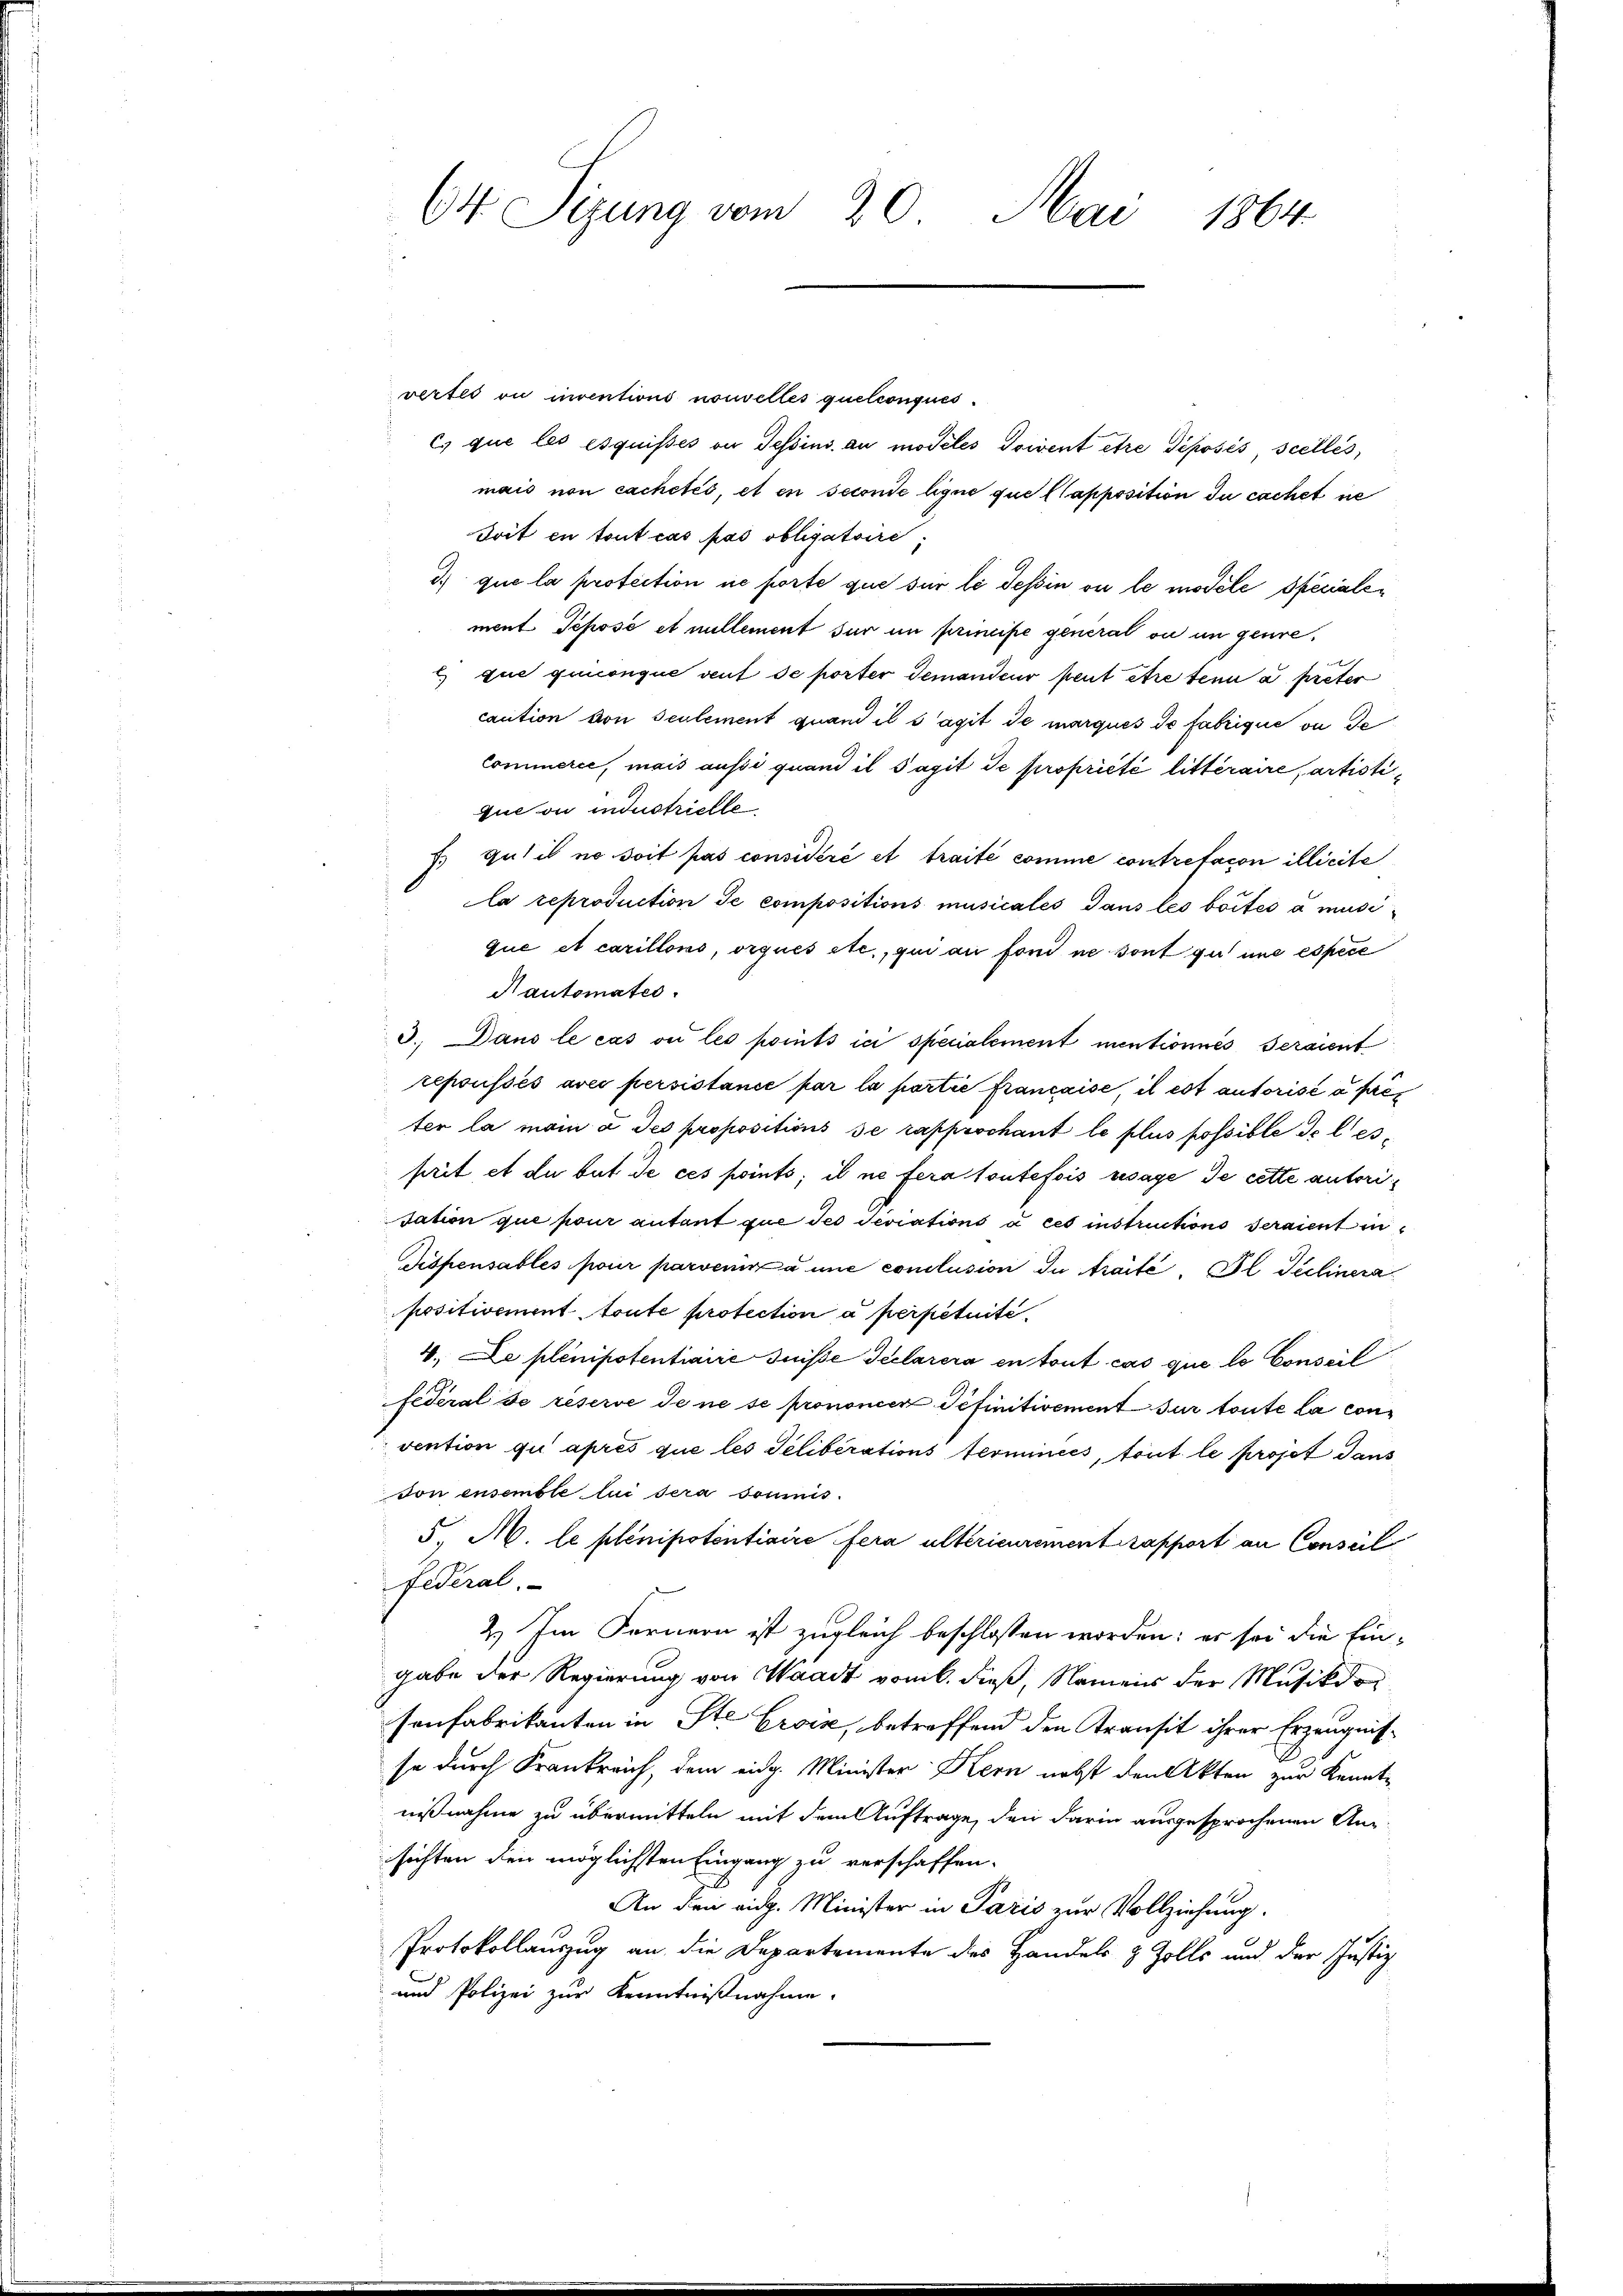
64 Sizung vom 20. Mai 1864

vertes ou inventions nouvelles quelconques.
c) que les esquisses ou Tessins au modeles Soient être déposés, scellés,
mais non cachetés, et en seconde ligne que apposition du cachet ne
Toit en tout cas pas obligatoire,
d) que la protection ne porte que für le Tessin ou le modele spécialement Tepose et nullement sur in principe general ou in genre¬
) que quiconque auf de porter demandeur peut être tenu a preter
caction von seulement quand il s’agit de marqués de fabrique ou de
commerie, mais aussi quand il Sagit de propriété litteraire, artistique ou industrielle
7.) Gut il ne soit pas considéré et traité comme contrefacon illicite
la reproduction de compositions musicales Gans les bottes à musique et carillons, orques etc., qui au fond ne sont gut une espèce
Rautomates.
d. Dans le cas ou les pointsici specialement mentionnés seraient
repoussés aves persistance par la portie francaise, il est autorisé à prés
ter la main à des propositions se rapprochant le plus possible de lesprit et du but de ces points; il ne fera toutefois usage de cette autori¬
Tation que pour autant que des Seviations à cet instructions seraient in
Tispensables pour parvenir à une conclusion du traité. Il Teelinera
positivement toute protection a perpetuite.
4. Le plenipotentiaire Guisse Teclarera en tout cas que le Conseil
federal de réserve de ne se prononcer definitivement sur toute la convention qui après que les Seliberations Terminées, tout le projet dans
von ensemble lui sera soumis
5. M. le plenipotentiaire fera ultérieurement rapport an Conseil
federal.
2.) Im Fernern ist zugleich beschlossen worden; er sei die Eingabe der Regierung von Waadt vom 6. dieß, Namens der Musikdosonfabrikanten in Ste Croix, betreffend den Transit ihrer Erzeugnisse durch Krankreich, dem eidg. Minister Hern nebst den Akten zur Kennt-
nißnahme zu übermitteln mit dem Auftrage, den darin ausgesprochenen Ansichten den möglichsten Eingang zu verschaffen.
An den eidg. Minister in Paris zur Vollziehung.
Protokollauszug an die Departemente des Handels & Zolls und der Justiz
und Polizei zur Kenntnißnahme.